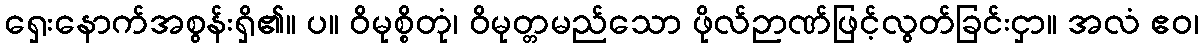
ရှေးနောက်အစွန်းရှိ၏။ ပ။ ဝိမုစ္စိတုံ၊ ဝိမုတ္တမည်သော ဖိုလ်ဉာဏ်ဖြင့်လွတ်ခြင်းငှာ။ အလံ ဧဝ၊